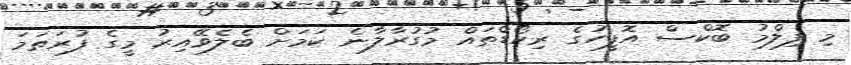
މި ފިލްމު ބޮކްސް އޮފީހުގެ ރިކޯޑްތައް މުގުރާލާނެ ކަމަށް ބެލެވޭއިރު މީގެ ފުރަތަމަ